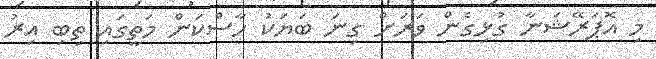
މި އޮޕަރޭޝަނާ ގުޅިގެން ވަރަށް ގިނަ ބަޔަކު ހާސްކަން މަތީގައި ތިބި އިރު